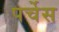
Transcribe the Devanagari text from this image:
पर्चेस